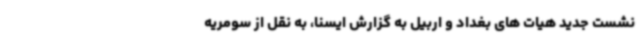
نشست جدید هیات های بغداد و اربیل به گزارش ایسنا، به نقل از سومریه